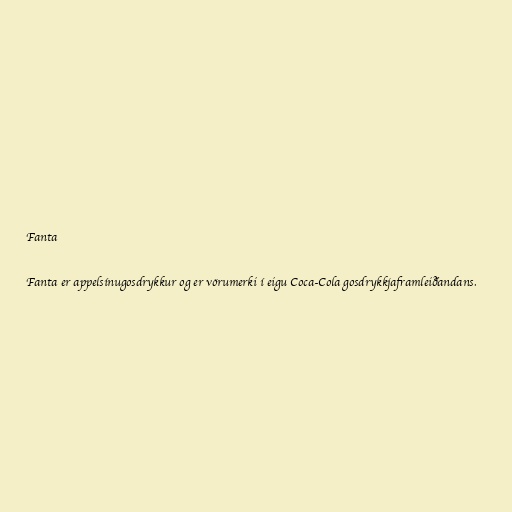
Fanta

Fanta er appelsínugosdrykkur og er vörumerki í eigu Coca-Cola gosdrykkjaframleiðandans.